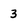
Character: 3